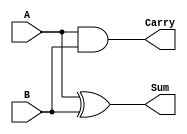
module half_adder (
    input wire A,      // 1-bit input A
    input wire B,      // 1-bit input B
    output wire Sum,   // Sum output
    output wire Carry  // Carry output
);
    assign Sum = A ^ B;        // Sum is A XOR B
    assign Carry = A & B;      // Carry is A AND B
endmodule